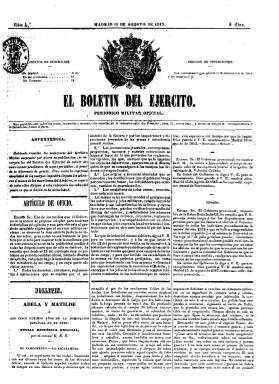
Título: El Boletín del ejército (Madrid)
Colección: Fuerzas armadas
Ámbito geográfico: Madrid
Lugar de publicación: Madrid
Fechas: 15/08/1843-24/06/1846

Es creado por orden del general Francisco Serrano (1810-1885), como ministro de la Guerra del gobierno provisional presidido por Joaquín María López. Comienza a publicarse el 15 de agosto de 1843 con el subtítulo “periódico militar oficial” y se editará bajo la directa inspección del ministerio. Sus redactores serán quienes hasta ahora habían redactado El archivo militar (1842). Por lo que los suscriptores de este periódico recibirán este boletín, considerado continuador de El archivo de la milicia española (1843), la última de las cabeceras que había venido adoptando el periódico fundado por Antonio Vallecillo Luján (1807-1880) durante los levantamientos militares de los meses previos, que habían provocado el exilio del general Baldomero Espartero (1793-1870) el 30 de julio de 1843, acabando así con su regencia.

El boletín… saldrá los lunes, miércoles y viernes, en entregas de cuatro páginas, que llevarán estampadas sobre la cabecera un grabado con el escudo de la monarquía nacional. La publicación será uno de los medios que el nuevo gobierno utilizará para sostener la disciplina del ejército tras los pronunciamientos anteriores. Tendrá una sección doctrinal, con artículos, y otra legislativa, en la que inserta la normativa castrense que irá dictando el nuevo gobierno provisional, así como las circulares que emiten los jefes de los cuerpos y unidades del ejército; las promociones, recompensas, ascensos, retiros, licencias, escalafones, etc. También incluirá un folletín, anuncios bibliográficos, artículos remitidos y de carácter técnico e histórico, y noticias varias.

A partir de enero de 1845, aumenta sus entregas hasta las ocho páginas, será compuesto a dos columnas y modificará el grabado del escudo de la monarquía que acompaña a su cabecera. A partir del diez de noviembre de 1845, desaparece de su subtítulo la denominación “oficial”, y en el número de esta fecha aparece una nota en la que se señala que en “repetidas veces hemos protestado que la parte de redacción del Boletín es completamente independiente del gobierno”.

Aparece como su editor responsable Rafael Pazos de Linares (que ya lo había sido de El archivo militar), pero su director será José María Gómez Colón de Larraitegui, autor de muchos de sus artículos doctrinales, algunos de ellos bajo las iniciales de sus apellidos. Tras la publicación del número 475 y último, correspondiente al 24 de junio de 1846, será continuado por Boletín oficial del ejército (1847-1852), que comienza a publicarse en agosto de ese año. Por su parte, Gómez Colón, que había empezado a publicar desde el tres de julio El militar español (1846-1848), afirma que este era “continuación absoluta” del Boletín, aunque lo que traslada a su nuevo periódico son los contenidos de su sección profesional. Véanse también estos títulos en esta Hemeroteca Digital.